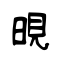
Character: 晛